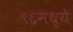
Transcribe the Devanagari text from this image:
९६मध्ये